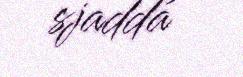
sjaddá